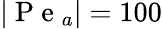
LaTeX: |\mathrm{~P~e~}_{a}|=100